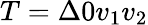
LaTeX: {T=\Delta 0v_{1}v_{2}}